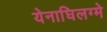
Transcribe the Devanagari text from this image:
येनाघिलग्मे